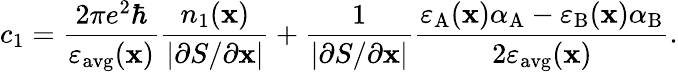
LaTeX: c_{1}=\frac{2\pi e^{2}\hbar}{\varepsilon_{\mathrm{avg}}(\mathbf{x})}\frac{n_{1}(\mathbf{x})}{\left|\partial S/\partial\mathbf{x}\right|}+\frac{1}{\left|\partial S/\partial\mathbf{x}\right|}\frac{\varepsilon_{\mathrm{A}}(\mathbf{x})\alpha_{\mathrm{A}}-\varepsilon_{\mathrm{B}}(\mathbf{x})\alpha_{\mathrm{B}}}{2\varepsilon_{\mathrm{avg}}(\mathbf{x})}.